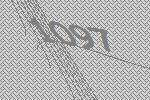
1097